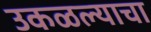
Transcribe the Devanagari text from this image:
उकळल्याचा